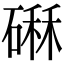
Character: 𥕆